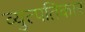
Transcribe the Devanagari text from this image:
व्युत्पतिकार